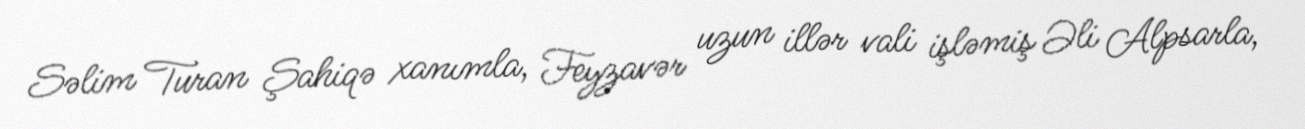
Səlim Turan Şahiqə xanımla, Feyzavər uzun illər vali işləmiş Əli Alpsarla,